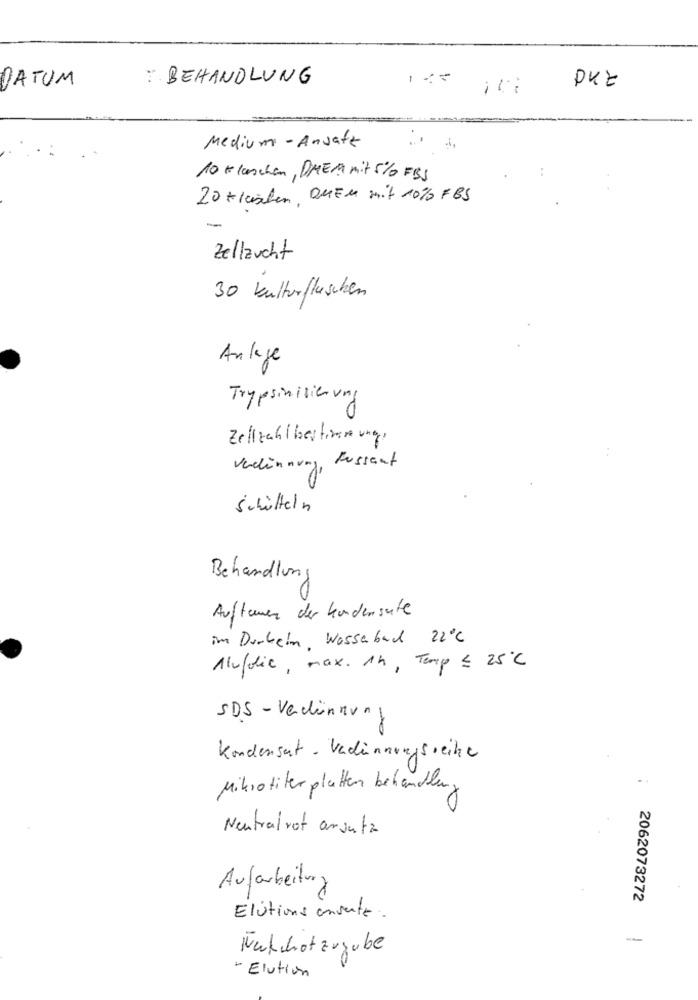
DATUM
: BEHANDLUNG
DKZ
Medium- Ansatz
10 Klaschen, DREM mit 5% FBS
20 +ichlen, OMEn mit 10% FBS
Zellzucht
30 kulturflaschen
Anlage
Trypsinisierung
Zellzahl berliner ung,
Verdünnung, Fussauf
Schütteln
Behandlung
Auftemen der kundensuite
im Durkein, Wasserbad 22℃
Aufdie, max. 14, Temp ≤ 25℃
SDS - Verdünnung
Kondensat - Vadinnungsreihe
-
Mikrotiter platten behandlung
Neutral rot ansatz
Aufarbeitung
2062073272
Elutions ansante.
Nakchotzugube
- Elution